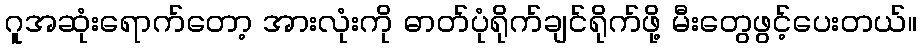
ဂူအဆုံးရောက်တော့ အားလုံးကို ဓာတ်ပုံရိုက်ချင်ရိုက်ဖို့ မီးတွေဖွင့်ပေးတယ်။